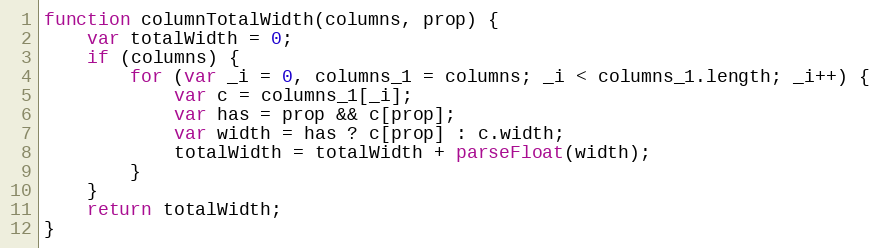
Language: JavaScript
function columnTotalWidth(columns, prop) {
    var totalWidth = 0;
    if (columns) {
        for (var _i = 0, columns_1 = columns; _i < columns_1.length; _i++) {
            var c = columns_1[_i];
            var has = prop && c[prop];
            var width = has ? c[prop] : c.width;
            totalWidth = totalWidth + parseFloat(width);
        }
    }
    return totalWidth;
}